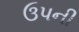
ઉપની